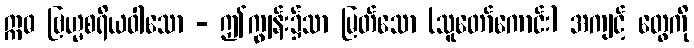
ဣဓ ဗြဟ္မစရိယဝါသော - ဤကျွန်း၌သာ မြတ်သော (သူတော်ကောင်း) အကျင့် တွေကို